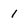
Character: 1